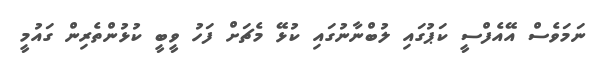
ނަމަވެސް އޭއެފްސީ ކަޕުގައި ލުބްނާނުގައި ކުޅޭ މެޗަށް ފަހު ވީބީ ކުޅުންތެރިން ގައުމީ